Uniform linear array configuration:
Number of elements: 32
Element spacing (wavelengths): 0.25
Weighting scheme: hamming
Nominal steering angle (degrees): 15
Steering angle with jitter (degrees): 14.145
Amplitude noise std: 0.05
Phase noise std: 0.05

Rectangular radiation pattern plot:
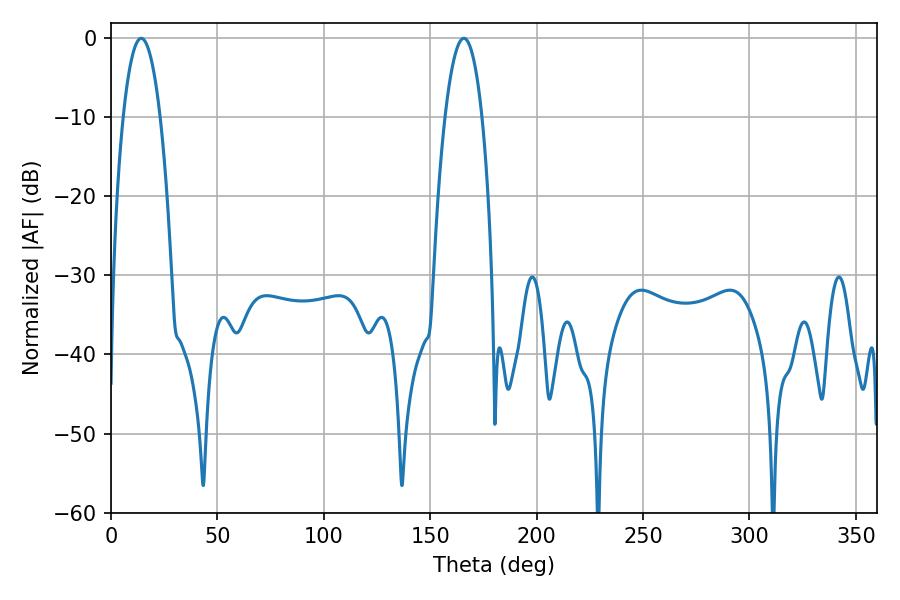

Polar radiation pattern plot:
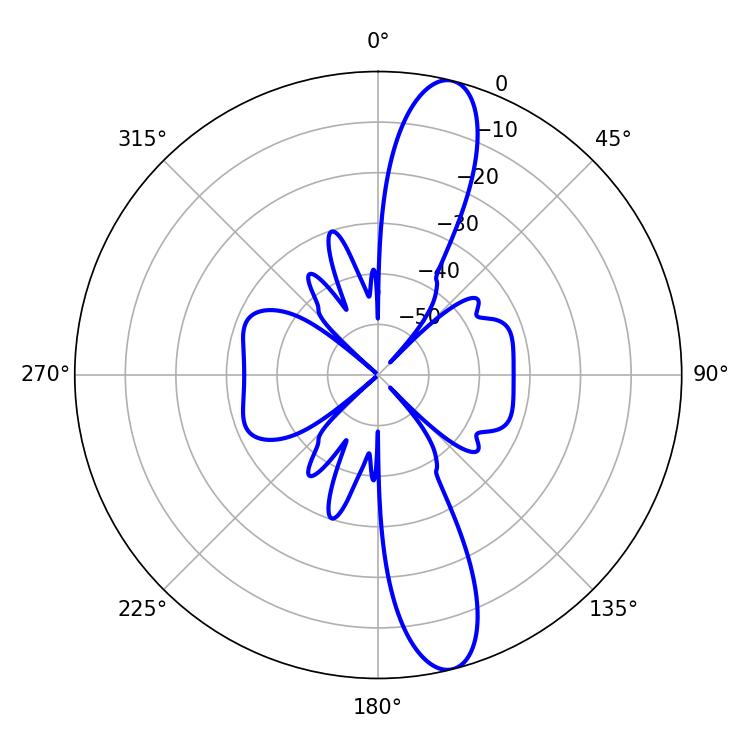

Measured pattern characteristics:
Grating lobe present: FALSE
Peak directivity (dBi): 13.535
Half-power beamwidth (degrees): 9.72
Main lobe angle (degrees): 14.22